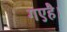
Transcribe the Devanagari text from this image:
गएहै।